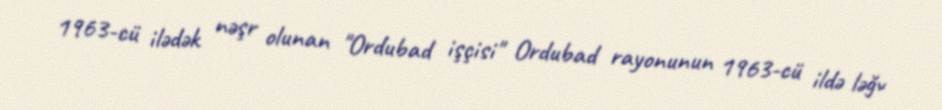
1963-cü ilədək nəşr olunan "Ordubad işçisi" Ordubad rayonunun 1963-cü ildə ləğv